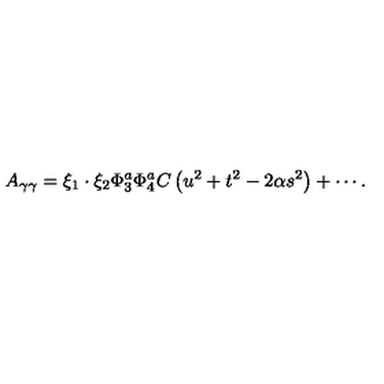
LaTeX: A _ { \gamma \gamma } = \xi _ { 1 } \cdot \xi _ { 2 } \Phi _ { 3 } ^ { a } \Phi _ { 4 } ^ { a } C \left( u ^ { 2 } + t ^ { 2 } - 2 \alpha s ^ { 2 } \right) + \cdots .